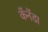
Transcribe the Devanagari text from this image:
कॅनॅडा